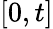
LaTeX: [0,t]